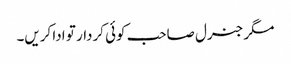
مگر جنرل صاحب کوئی کردار تو ادا کریں۔